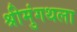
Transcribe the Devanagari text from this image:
श्रीमुंगथला